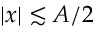
| x | \lesssim A / 2